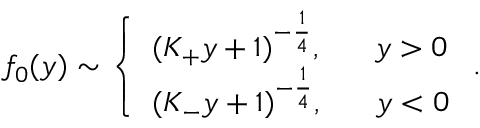
f _ { 0 } ( y ) \sim \left\{ \begin{array} { l } { { ( K _ { + } y + 1 ) ^ { - { \frac { 1 } { 4 } } } , \ \ \ \ \ y > 0 } } \\ { { ( K _ { - } y + 1 ) ^ { - { \frac { 1 } { 4 } } } , \ \ \ \ \ y < 0 } } \end{array} \right. .